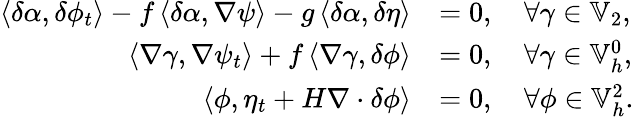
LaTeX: \begin{array}{rl}{\left\langle\delta\alpha,\delta\phi_{t}\right\rangle-f\left\langle\delta\alpha,\nabla\psi\right\rangle-g\left\langle\delta\alpha,\delta\eta\right\rangle}&{=0,\quad\forall\gamma\in\mathbb{V}_{2},}\\ {\left\langle\nabla\gamma,\nabla\psi_{t}\right\rangle+f\left\langle\nabla\gamma,\delta\phi\right\rangle}&{=0,\quad\forall\gamma\in\mathbb{V}_{h}^{0},}\\ {\left\langle\phi,\eta_{t}+H\nabla\cdot\delta\phi\right\rangle}&{=0,\quad\forall\phi\in\mathbb{V}_{h}^{2}.}\end{array}